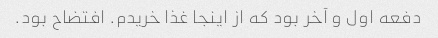
دفعه اول و آخر بود که از اینجا غذا خریدم. افتضاح بود.